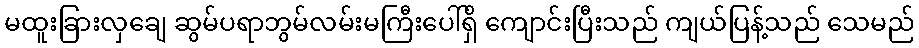
မထူးခြားလှချေ ဆွမ်ပရာဘွမ်လမ်းမကြီးပေါ်ရှိ ကျောင်းပြီးသည် ကျယ်ပြန့်သည် သေမည်